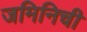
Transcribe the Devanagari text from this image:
जमिनिची